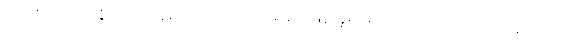
အမှာစကား၊ ဥပ္ပဇ္ဇဿတိ၊ ဟူသောပါဌ်ဖြင့် ယနေ့ နက်ဖြန်ဟူ၍ မမှတ်အပ်သောကာလရှိနေ ရကား